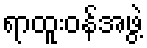
ရာထူးဝန်အဖွဲ့